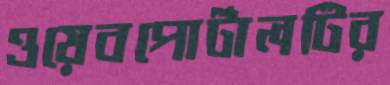
ওয়েবপোর্টালটির